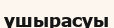
үшырасуы